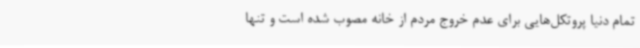
تمام دنیا پروتکل‌هایی برای عدم خروج مردم از خانه مصوب شده است و تنها